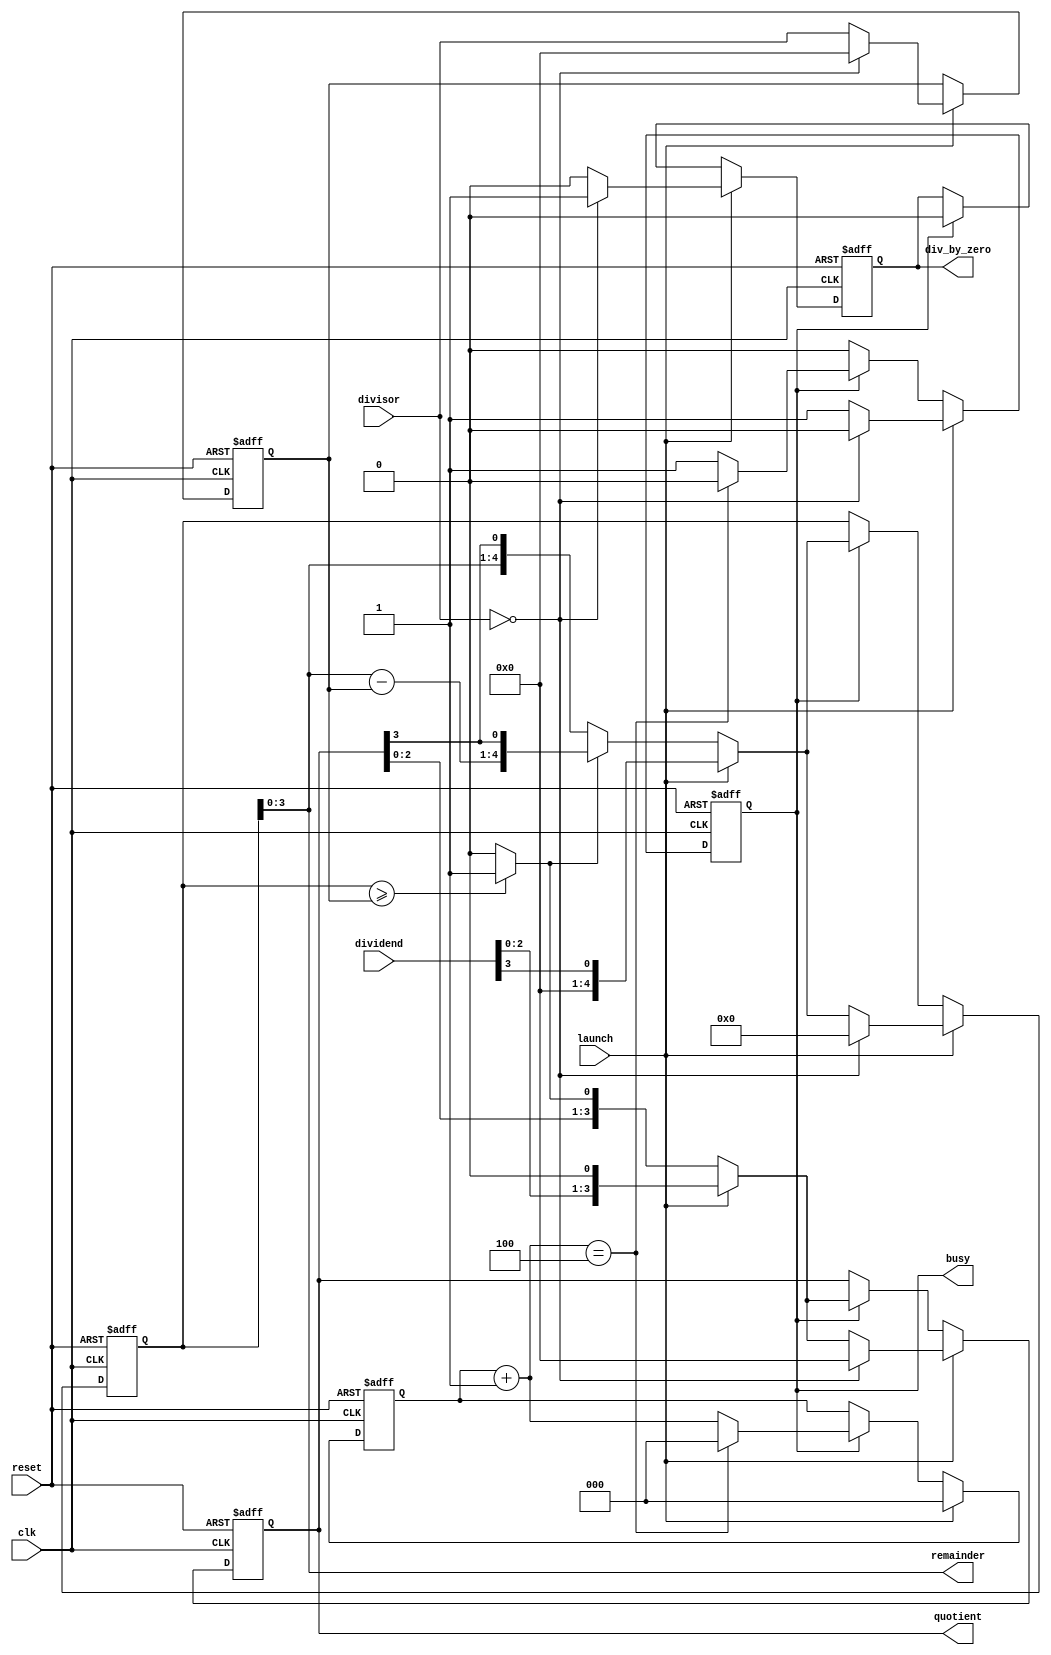
`timescale 1ns / 1ps
// Variable-length non-negative integer divider.

module Divider #(parameter WIDTH=4) (
  input clk,
  input reset,
  input launch,
  input [WIDTH-1:0] dividend,
  input [WIDTH-1:0] divisor,

  output reg busy,
  output reg div_by_zero,
  output [WIDTH-1:0] quotient,
  output [WIDTH-1:0] remainder
);
  reg [WIDTH-1:0] divisor_;  // copy of divisor
  reg [WIDTH-1:0] quotient_; // intermediate quotient
  reg [WIDTH:0] remainder_;  // accumulator (1 bit wider)

  reg [$clog2(WIDTH):0] it_count;

  wire div_digit = remainder_ >= divisor_ ? 1 : 0;
  assign quotient = quotient_;
  assign remainder = remainder_[WIDTH-1:0];

  wire [WIDTH:0] remainder_minus_divisor = remainder_ - divisor_;
  wire [WIDTH:0] remainder_updated = div_digit ?
    {remainder_minus_divisor[WIDTH-1:0], quotient[WIDTH-1]} :
    {remainder, quotient[WIDTH-1]};

  wire [$clog2(WIDTH):0] next_it_count  = it_count + 1;
  wire [WIDTH-1:0]       next_quotient  = launch ?
    {dividend[WIDTH-2:0], 1'b0} :
    {quotient[WIDTH-2:0], div_digit};
  wire [WIDTH:0]         next_remainder = launch ?
    {{(WIDTH-1){1'b0}}, dividend[WIDTH-1]} :
    remainder_updated;

  always @(posedge clk, posedge reset) begin
    if (reset) begin
      busy <= 0;
      div_by_zero <= 0;
      it_count <= 0;
      divisor_ <= 0;
      quotient_ <= 0;
      remainder_ <= 0;
    end else if (launch) begin
      if (divisor == 0) begin
        // Divide by zero, throw an exception instead of actualy getting stuck
        // in a infinite loop.
        busy <= 0;
        div_by_zero <= 1;
        it_count <= 0;
        divisor_ <= 0;
        quotient_ <= 0;
        remainder_ <= 0;
      end else begin
        // Launch the division task.
        busy <= 1;
        div_by_zero <= 0;
        it_count <= 0;
        divisor_ <= divisor;
        quotient_ <= next_quotient;
        remainder_ <= next_remainder;
      end
    end else if (busy) begin
      if (next_it_count == WIDTH) begin
        // Finished.
        busy <= 0;
        div_by_zero <= 0;
        it_count <= 0;
        divisor_ <= divisor_;
        quotient_ <= next_quotient;
        remainder_ <= next_remainder;
      end else begin
        // Next iteration.
        busy <= 1;
        div_by_zero <= 0;
        it_count <= next_it_count;
        divisor_ <= divisor_;
        quotient_ <= next_quotient;
        remainder_ <= next_remainder;
      end

    end
  end
endmodule